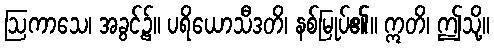
ဩကာသေ၊ အခွင့်၌။ ပရိယောသီဒတိ၊ နစ်မြုပ်၏။ ဣတိ၊ ဤသို့။